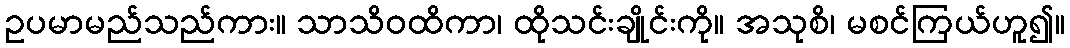
ဥပမာမည်သည်ကား။ သာသိဝထိကာ၊ ထိုသင်းချိုင်းကို။ အသုစိ၊ မစင်ကြယ်ဟူ၍။